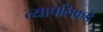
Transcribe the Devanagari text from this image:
त्यापलिकडे